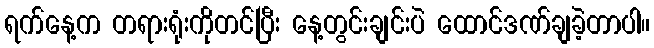
ရက်နေ့က တရားရုံးကိုတင်ပြီး နေ့တွင်းချင်းပဲ ထောင်ဒဏ်ချခဲ့တာပါ။